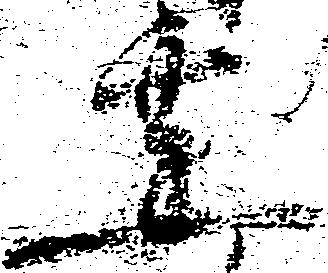
要